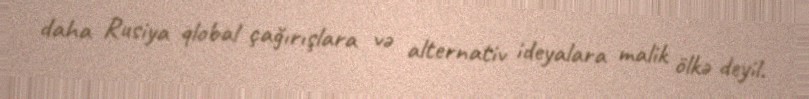
daha Rusiya qlobal çağırışlara və alternativ ideyalara malik ölkə deyil.